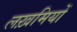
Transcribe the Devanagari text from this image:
लख़मियों